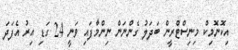
އިކޮނޮމިކް މިނިސްޓްރީން ބަދަލު ގެންނަން ނިންމާފައި ވަނީ 24 ގަޑި އިރު އެފަދަ